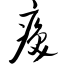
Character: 痪